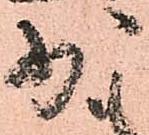
少